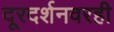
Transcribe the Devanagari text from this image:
दूरदर्शनवरही